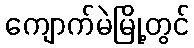
ကျောက်မဲမြို့တွင်